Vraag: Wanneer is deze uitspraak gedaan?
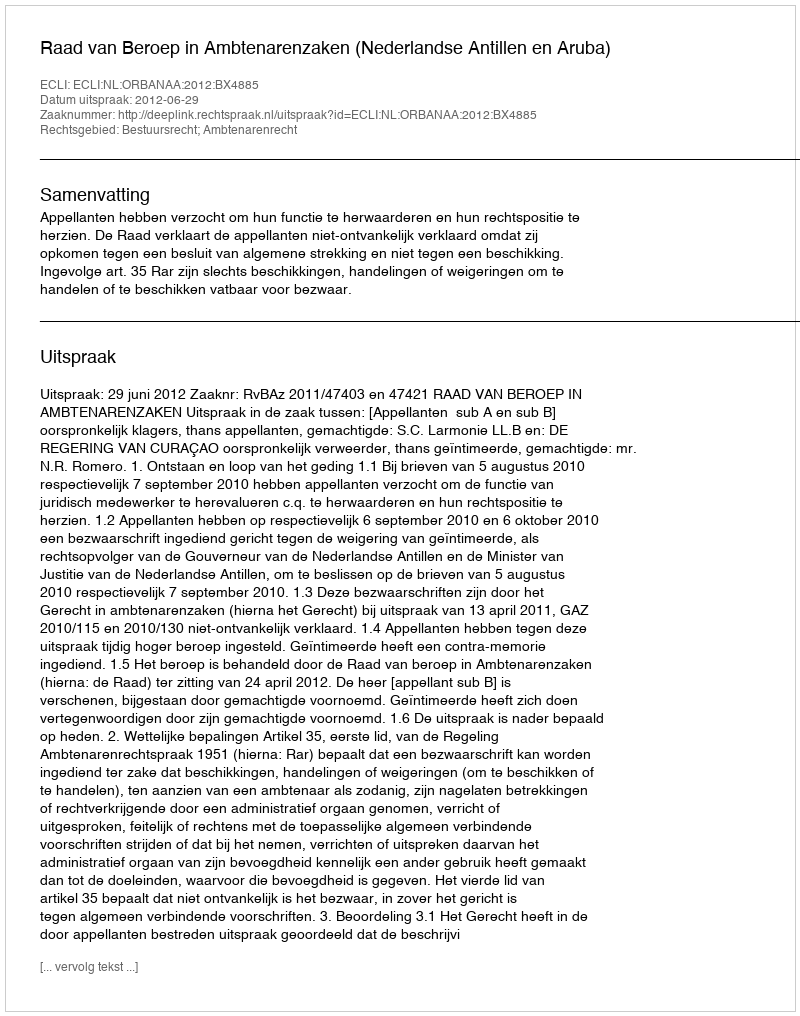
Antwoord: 2012-06-29